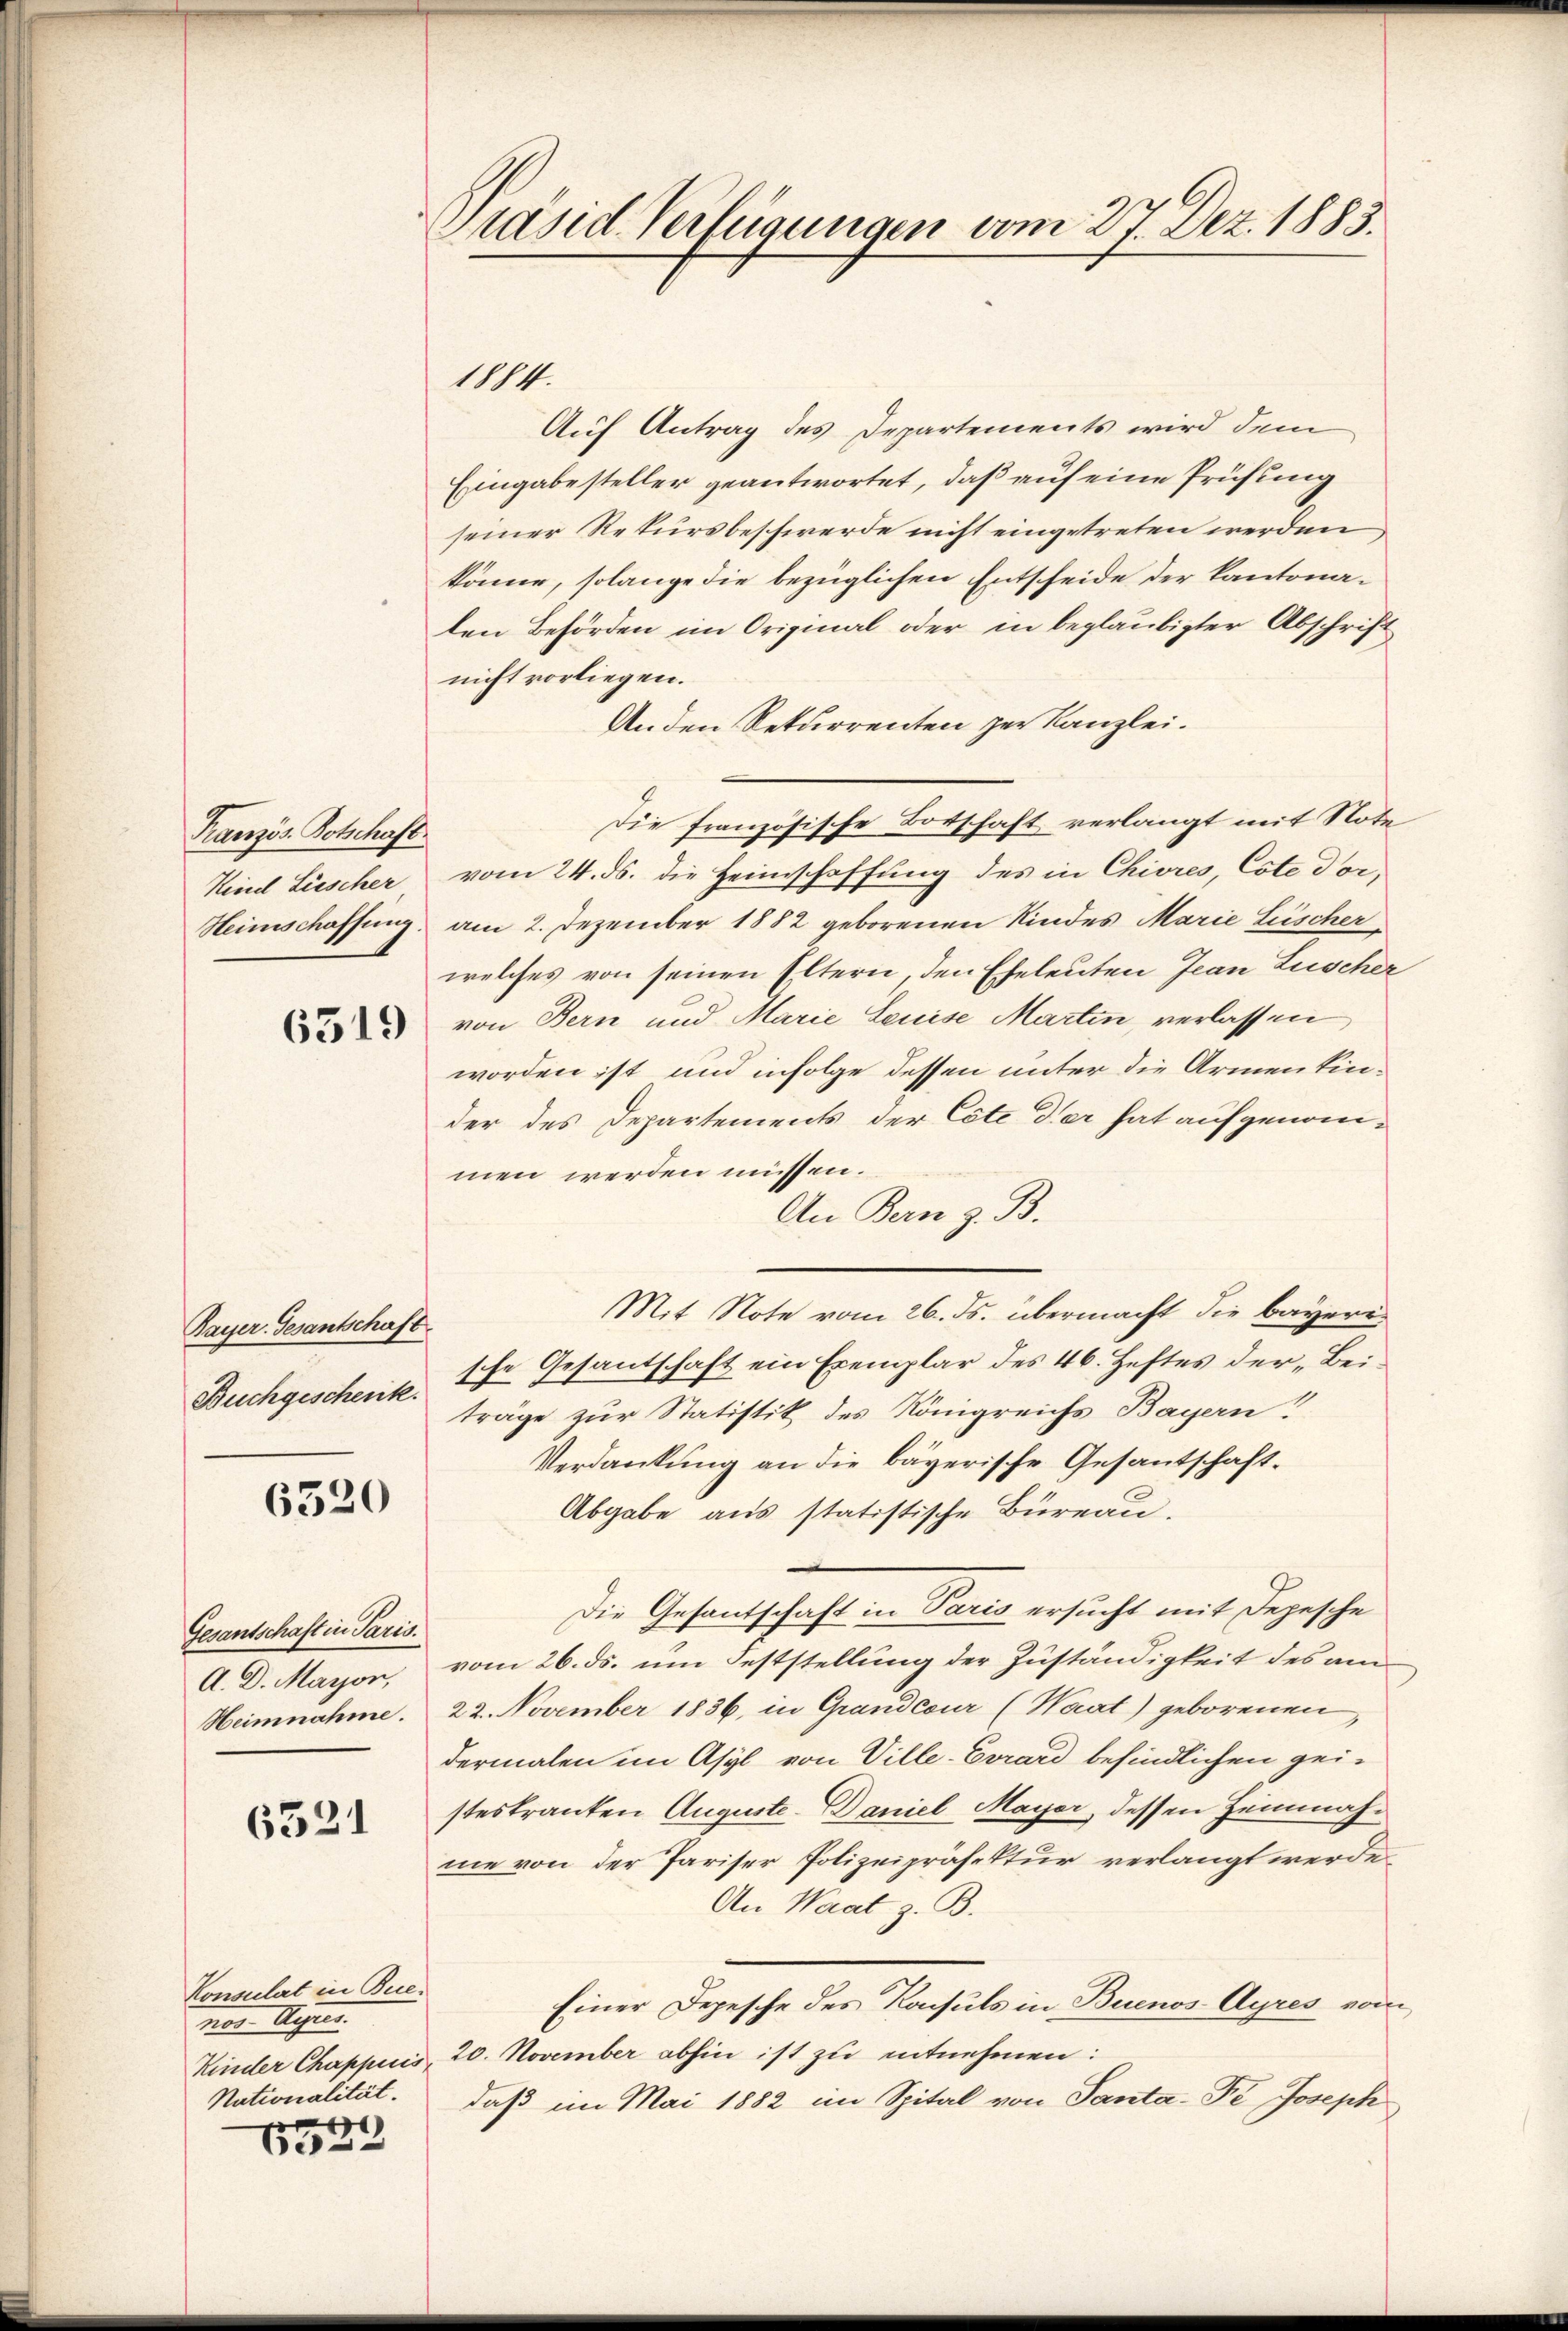
Französ. Botschaft.
Kind Lüscher
Heimschaffung

6519

Bayer. Gesantschaft.
Buchgeschenk.

6320

Gesantschaft in Paris.
A. D. Mayor,
Heimnahme.

6521

Auf Antrag des Departements wird dem
Eingabe steller geantwortet, daß auf eine Prüfung
seiner Rekursbeschwerde nicht eingetreten werden
könne, solange die bezüglichen Entscheide der Kantonaden Behörden im Original oder in beglaubigter Abschrift
nicht vorliegen.
Anden Rekurrenten zur Kanzlei.
Die französische Botschaft verlangt mit Note
vom 24. ds. die Heimschaffung des in Chivres, Este doram 2. Dezember 1882 geborenen Kindes Marie Lüscher
welches von seinen Eltern, den Eheleuten Jean Luscher
von Bern und Marie Leuise Marten, verlassen,
worden ist und infolge dessen unter die Armentinder des Departements der Cote der hat aufgenommen werden müssen.
An Bern z. B.
Mit Note vom 26. ds. übermacht die bayeri
sche Gesantschaft ein Exemplar des 46. Heftes der „Beträge zur Statistik des Königreichs Bayern!
Verdankung an die bayerische Gesantschaft¬
Abgabe aus statistische Büreau.
Die Gesantschaft in Paris ersucht mit Depesche
vom 26. ds. um Feststellung der Zuständigkeit des am
22. November 1836, in Grandcour (Waat) geborenen
dermalen im Asyl von Ville-Crrard befindlichen geisteskranken Auguste. Daniel Mayer, dessen Heimnahme von der Pariser Polizeipräfektur verlangt werde,
An Waat z. B.
Einer Depesche des Konsuls in Buenos-Ayres vom
Kinder Chappuis, 20. November abhin ist zu entnehmen:
daß im Mai 1882 im Spital von Santa-Fr Joseph

Konsulat in Buener Augen.
Nationalität.
e

bes.

Brasid Verfügungen vom 27. Dez. 1883.

1884.